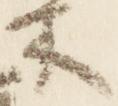
木